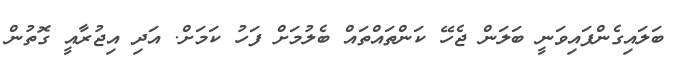
ބަލައިގެންފައިވަނީ ބަލަން ޖެހޭ ކަންތައްތައް ބެލުމަށް ފަހު ކަމަށް. އަދި އިޖުރާއީ ގޮތުން